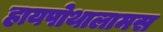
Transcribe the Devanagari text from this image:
हायपोथालामस